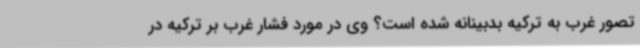
تصور غرب به ترکیه بدبینانه شده است؟ وی در مورد فشار غرب بر ترکیه در